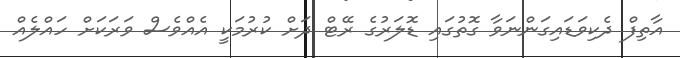
އާތިފް ދެކިވަޑައިގަންނަވާ ގޮތުގައި ޑޮލަރުގެ ރޭޓް ދަށް ކުރުމަކީ އެއްވެސް ވަރަކަށް ހައްލެއް